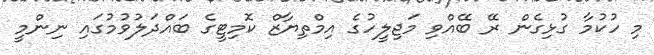
މި ހުކުމާ ގުޅިގެން ރޭ ބޭއްވި މަޖިލީހުގެ އިމްތިޔާޒް ކޮމިޓީގެ ބައްދަލުވުމުގައި ނިންމީ